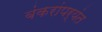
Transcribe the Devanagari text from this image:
बंकरांपर्यंत